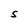
Character: S